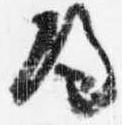
帰